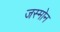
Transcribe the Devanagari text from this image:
जस्मोन